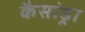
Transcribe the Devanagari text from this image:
कैसांड्रा